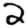
Digit: 2